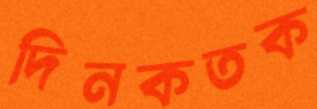
দিনকতক